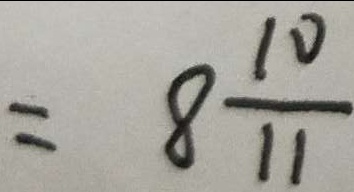
= 8 \frac { 1 0 } { 1 1 }